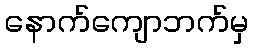
နောက်ကျောဘက်မှ